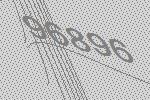
96896